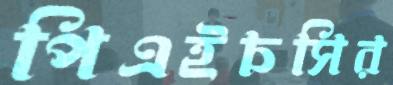
পিএইচসির